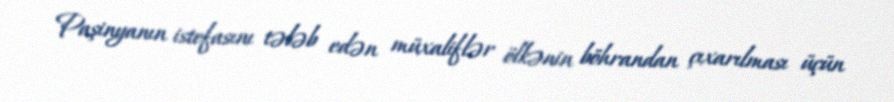
Paşinyanın istefasını tələb edən müxaliflər ölkənin böhrandan çıxarılması üçün